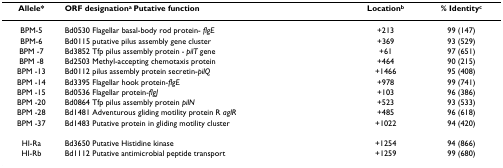
<table><thead><tr><td><b>Allele*</b></td><td><b>ORF designation<sup>a </sup>Putative function</b></td><td><b>Location<sup>b</sup></b></td><td><b>% Identity<sup>c</sup></b></td></tr></thead><tbody><tr><td>BPM-5</td><td>Bd0530 Flagellar basal-body rod protein- <i>flgE</i></td><td>+213</td><td>99 (147)</td></tr><tr><td>BPM-6</td><td>Bd0115 putative pilus assembly gene cluster</td><td>+369</td><td>93 (529)</td></tr><tr><td>BPM -7</td><td>Bd3852 Tfp pilus assembly protein <i>- pilT </i>gene</td><td>+61</td><td>97 (651)</td></tr><tr><td>BPM -8</td><td>Bd2503 Methyl-accepting chemotaxis protein</td><td>+464</td><td>90 (215)</td></tr><tr><td>BPM -13</td><td>Bd0112 pilus assembly protein secretin-<i>pilQ</i></td><td>+1466</td><td>95 (408)</td></tr><tr><td>BPM -14</td><td>Bd3395 Flagellar hook protein-<i>flgE</i></td><td>+978</td><td>99 (741)</td></tr><tr><td>BPM -15</td><td>Bd0536 Flagellar protein-<i>flgJ</i></td><td>+103</td><td>96 (386)</td></tr><tr><td>BPM -20</td><td>Bd0864 Tfp pilus assembly protein <i>pilN</i></td><td>+523</td><td>93 (533)</td></tr><tr><td>BPM -28</td><td>Bd1481 Adventurous gliding motility protein R <i>aglR</i></td><td>+485</td><td>96 (618)</td></tr><tr><td>BPM -37</td><td>Bd1483 Putative protein in gliding motility cluster</td><td>+1022</td><td>94 (420)</td></tr><tr><td>HI-Ra</td><td>Bd3650 Putative Histidine kinase</td><td>+1254</td><td>94 (866)</td></tr><tr><td>HI-Rb</td><td>Bd1112 Putative antimicrobial peptide transport</td><td>+1259</td><td>99 (680)</td></tr></tbody></table>